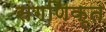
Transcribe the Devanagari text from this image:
संगणिकृत